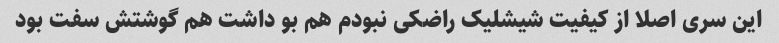
این سری اصلا از کیفیت شیشلیک راضکی نبودم هم بو داشت هم گوشتش سفت بود